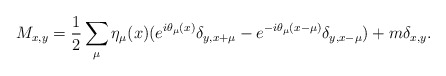
\begin{align*}M_{x,y}=\frac{1}{2}\sum_{\mu}\eta_{\mu}(x)(e^{i\theta_{\mu}(x)}\delta_{y,x+\mu}-e^{-i\theta_{\mu}(x-\mu)}\delta_{y,x-\mu})+m\delta_{x,y}.\end{align*}